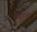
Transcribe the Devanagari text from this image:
पपांच